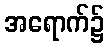
အရောက်၌